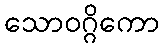
သောဝဂ္ဂိကော